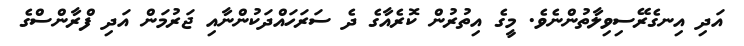
އަދި އިނގެރޭސިވިލާތުންނެވެ. މީގެ އިތުރުން ކޮރެއާގެ ދެ ސަރަހައްދަކުންނާއި ޖަރުމަން އަދި ފްރާންސްގެ